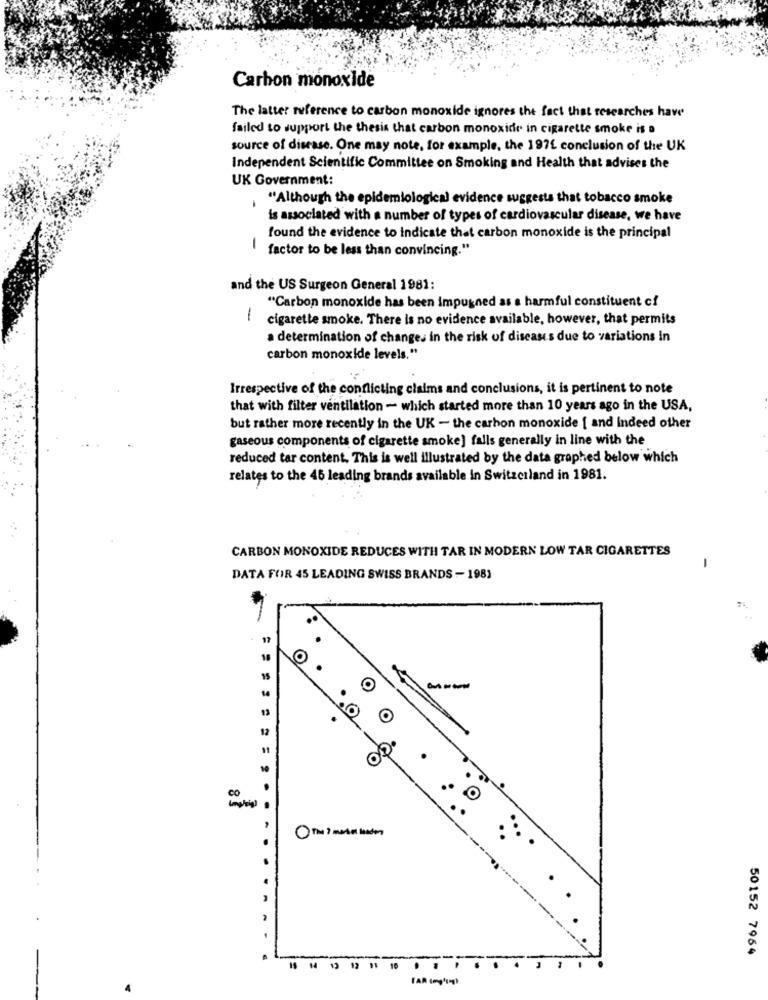
Carbon monoxide
The latter reference to carbon monoxide ignores the fact that researches have
failed to support the thesis that carbon monoxide in cigarette smoke is a
source of disease. One may note, for example, the 1971 conclusion of the UK
Independent Scientific Committee on Smoking and Health that advises the
UK Government:
"Although the epidemiological evide
sts that tobacco smoke
is associated with a number of types of cardiovascular disease, we have
found the evidence to indicate that carbon monoxide is the principal
1
factor to be less than convincing."
and the US Surgeon General 1981:
"Carbon monoxide has been impugned as a harmful constituent cf
1
cigarette smoke. There is no evidence available, however, that permits
a determination of changes in the risk of diseases due to variations In
carbon monoxide levels."
Irrespective of the conflicting claims and conclusions, it is pertinent to note
that with filter ventilation - which started more than 10 years ago in the USA,
but rather more recently in the UK - the carbon monoxide [ and Indeed other
gaseous components of cigarette smoke] falls generally in line with the
reduced tar content. This is well illustrated by the data graphed below which
relates to the 45 leading brands available in Switzerland in 1981.
CARBON MONOXIDE REDUCES WITH TAR IN MODERN LOW TAR CIGARETTES
-
DATA FOR 45 LEADING SWISS BRANDS - 1981
..
18
15
O
13
12
CO
10
CO
=========..
-----
50152 7964
10
. .
-